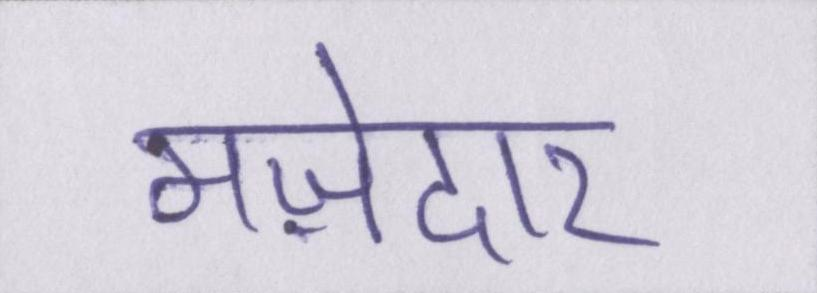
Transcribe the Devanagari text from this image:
मज़ेदार